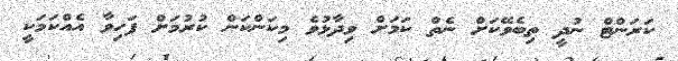
ކަރަންޓް ނުދީ ތިބެވޭކަށް ނެތް ކަމަށް ވިދާޅުވެ މިކަންކަން ކުރުމަށް ފަހިވާ އެއްކަމަކީ